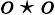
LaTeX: o\star o